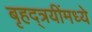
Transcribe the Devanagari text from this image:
बृहद्त्रयींमध्ये